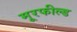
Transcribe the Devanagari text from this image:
मूरफील्ड